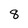
Character: 8